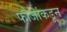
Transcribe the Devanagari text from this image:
फौजांकडून